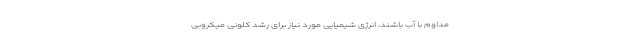
مداوم با آب باشند، انرژی شیمیایی مورد نیاز برای رشد کلونی میکروبی